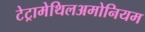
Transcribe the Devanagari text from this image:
टेट्रामेथिलअमोनियम